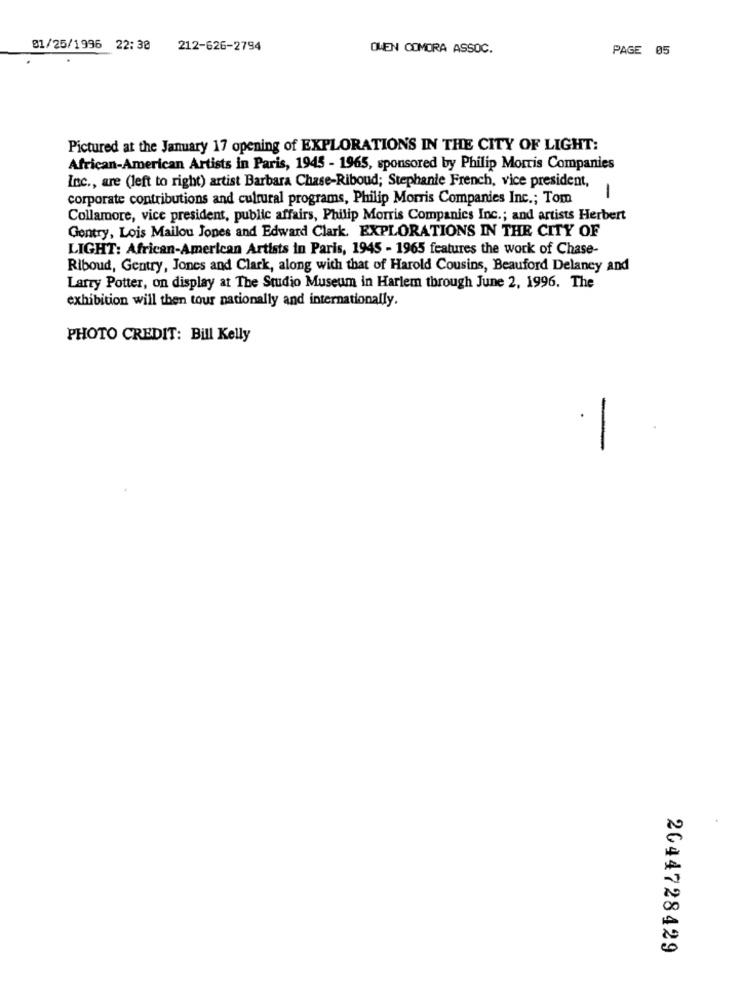
01/25/1996 22:30
212-626-2794
OWEN COMORA ASSOC.
PAGE 05
Pictured at the January 17 opening of EXPLORATIONS IN THE CITY OF LIGHT:
African-American Artists in Paris, 1945 - 1965, sponsored by Philip Morris Companies
Inc ., are (left to right) artist Barbara Chase-Riboud; Stephanie French, vice president,
corporate contributions and cultural programs, Philip Morris Companies Inc .; Tom
1
Collamore, vice president, public affairs, Philip Morris Companies Inc .; and artists Herbert
Gentry, Lois Mailou Jones and Edward Clark. EXPLORATIONS IN THE CITY OF
LIGHT: African-American Artists in Paris, 1945 - 1965 features the work of Chase-
Riboud, Gentry, Jones and Clark, along with that of Harold Cousins, Beauford Delaney and
Larry Potter, on display at The Studio Museum in Harlem through June 2, 1996. The
exhibition will then tour nationally and internationally.
PHOTO CREDIT: Bill Kelly
-
2044728429